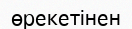
өрекетінен